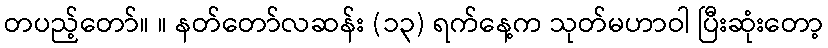
တပည့်တော်။ ။ နတ်တော်လဆန်း (၁၃) ရက်နေ့က သုတ်မဟာဝါ ပြီးဆုံးတော့